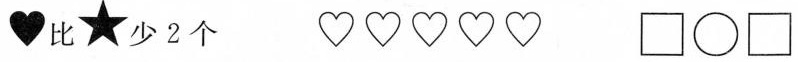
比少2个 \Box \circ \Box